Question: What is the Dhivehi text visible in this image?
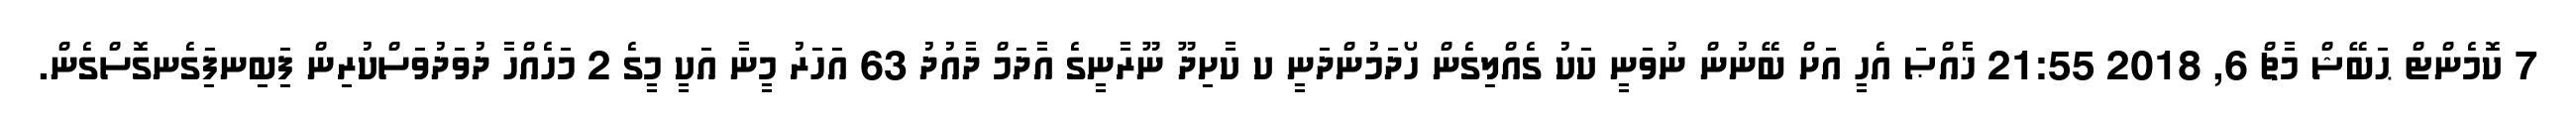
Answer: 7 ކޮމެންޓް ޙަބޭޝް މާޗް 6, 2018 21:55 ޚާެއްޞަ އެހީ އަށް ބޭނުން ނުވަނީ ކަަކު ގެއްލިގެން ހޯދަމުންދަނީ ކ ކާށިދޫ ނޫރާނީގެ އާދަމް ދާއުދު 63 އަހަރު މީނާ އަކީ މީގެ 2 މަހެއްހާ ދުވަދުވަސްކުރިން ފަިބިނފަިގެނގޮސްގެން.